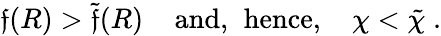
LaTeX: \mathfrak{f}(R)>\tilde{{\mathfrak{f}}}(R)\; \; \; \; \mathrm{{and,}}\; \; \mathrm{{hence,}}\; \; \; \; \chi<\tilde{{\chi}}\; .